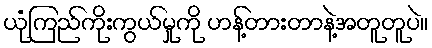
ယုံကြည်ကိုးကွယ်မှုကို ဟန့်တားတာနဲ့အတူတူပဲ။